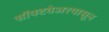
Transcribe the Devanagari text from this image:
सॉफ्टवेअरपासून